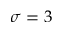
\sigma = 3